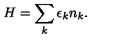
H = \sum _ { k } \epsilon _ { k } n _ { k } .